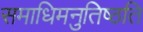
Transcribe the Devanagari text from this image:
समाधिमनुतिष्ठति